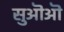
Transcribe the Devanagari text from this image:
सुऒऒ